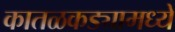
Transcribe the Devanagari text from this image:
कातळकड्यामध्ये